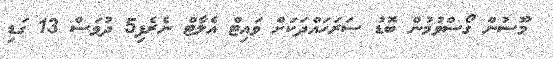
މޫސުން ގޯސްވުމުން ބޮޑު ސަރަހައްދަކަށް ވައިޓް އެލާޓް ނެރެފި5 ދުވަސް 13 ގަޑި